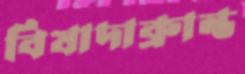
বিষাদাক্রান্ত